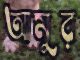
আমুর